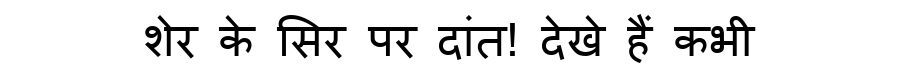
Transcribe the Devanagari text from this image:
शेर के सिर पर दांत! देखे हैं कभी